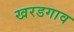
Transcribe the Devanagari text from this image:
खरडगाव